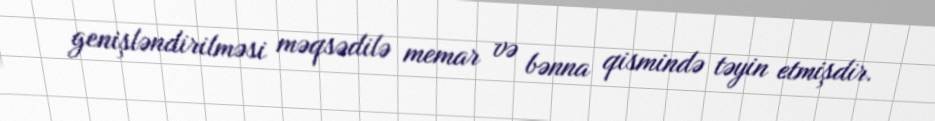
genişləndirilməsi məqsədilə memar və bənna qismində təyin etmişdir.